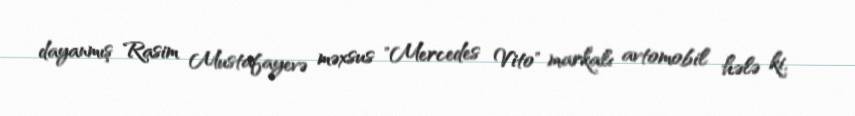
dayanmış Rasim Mustafayevə məxsus "Mercedes Vito" markalı avtomobil hələ ki,